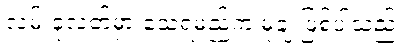
လမ်းခုလတ်မှာ သေရမည်က မုချ ဖြစ်ပါသည်။